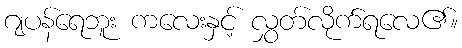
ဂျပန်ရေဘူး ကလေးနှင့် လွှတ်လိုက်ရလေ၏။